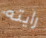
رايته